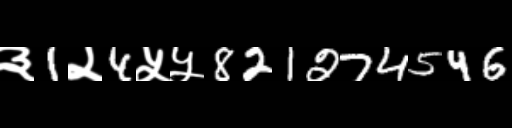
Text: ३1२4५५821274546